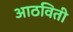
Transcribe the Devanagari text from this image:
आठविती